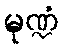
မုဏ္ဍံ